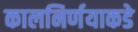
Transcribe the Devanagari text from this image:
कालनिर्णयाकडे